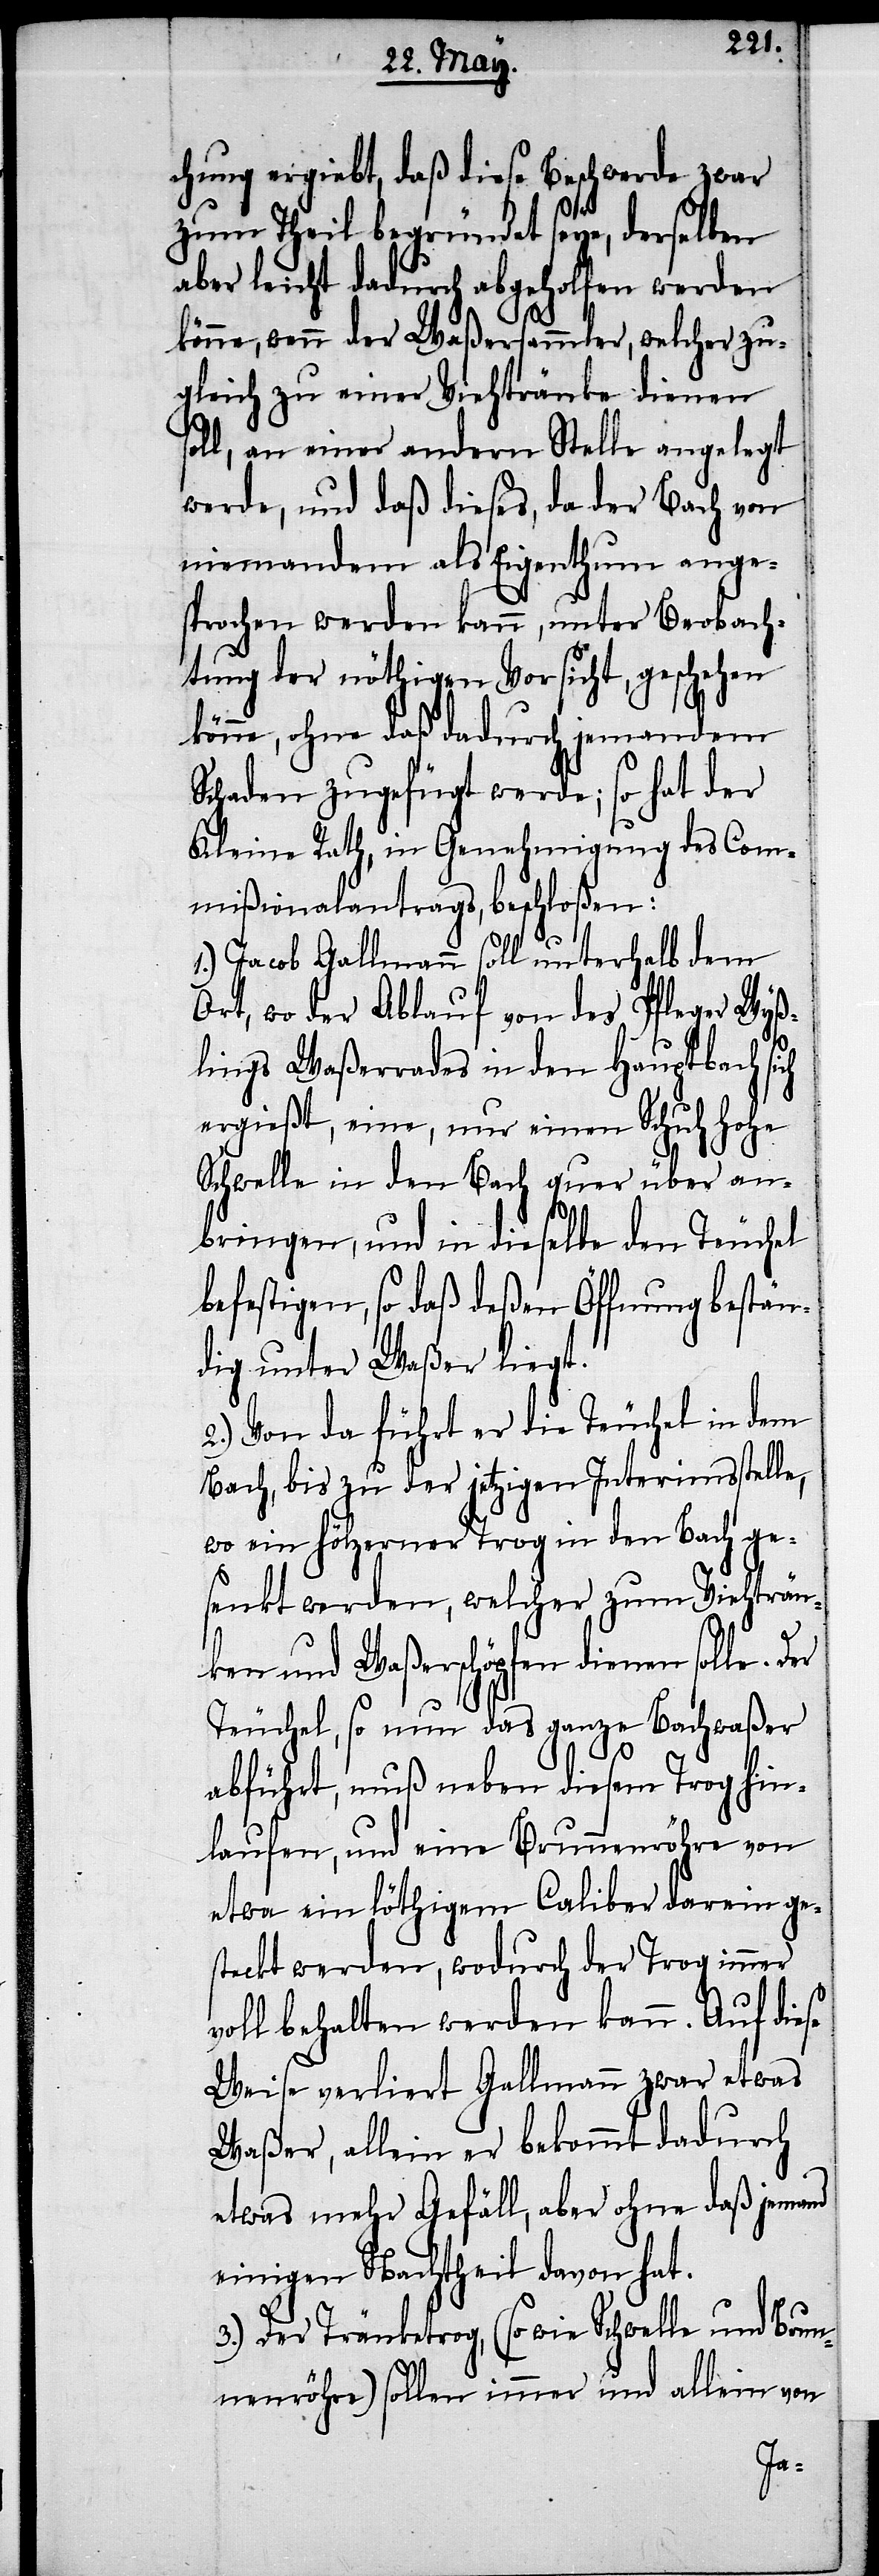
chung ergiebt, daß diese Beschwerde zwar
zum Theil begründet seye, derselben
aber leicht dadurch abgeholfen werden
könne, wenn der Waßersammler, welcher zu¬
gleich zu einer Viehtränke dienen
soll, an einer andern Stelle angelegt
werde, und daß dieses, da der Bach von
niemandem als Eigenthum ange¬
sprochen werden kann, unter Beobach¬
tung der nöthigen Vorsicht, geschehen
könne, ohne daß dadurch jemandem
Schaden zugefügt werde; so hat der
Kleine Rath, in Genehmigung des Com¬
mißionalantrags, beschloßen:
1.) Jacob Gallmann soll unterhalb dem
Ort, wo der Ablauf von des Pfleger Wyß¬
lings Waßerrades in den Hauptbach sich
ergießt, eine, nur einen Schuh hohe
Schwelle in den Bach quer über an¬
bringen, und in dieselbe den Trüchel
befestigen, so daß deßen Öffnung bestän¬
dig unter Waßer liegt.
2.) Von da führt er die Trüchel in dem
Bach, bis zu der jetztigen Interimsstelle,
wo ein hölzerner Trog in den Bach ge¬
senkt werden, welcher zum Viehträn¬
ken und Waßerschöpfen dienen solle. Der
Trüchel, so nun das ganze Bachwaßer
abführt, muß neben diesem Trog hin¬
laufen, und eine Brunnenröhre von
etwa ein löthigem Caliber darein ge¬
steckt werden, wodurch der Trog immer
voll behalten werden kann. Auf diese
Weise verliert Gallmann zwar etwas
Waßer, allein er bekommt dadurch
etwas mehr Gefäll, aber ohne daß jemand
einigen Nachtheil davon hat.
3.) Der Tränketrog, (so wie Schwelle und Brun¬
nenröhre) sollen immer und allein von